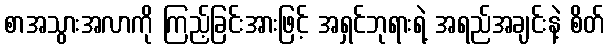
စာအသွားအလာကို ကြည့်ခြင်းအားဖြင့် အရှင်ဘုရားရဲ့ အရည်အချင်းနဲ့ စိတ်